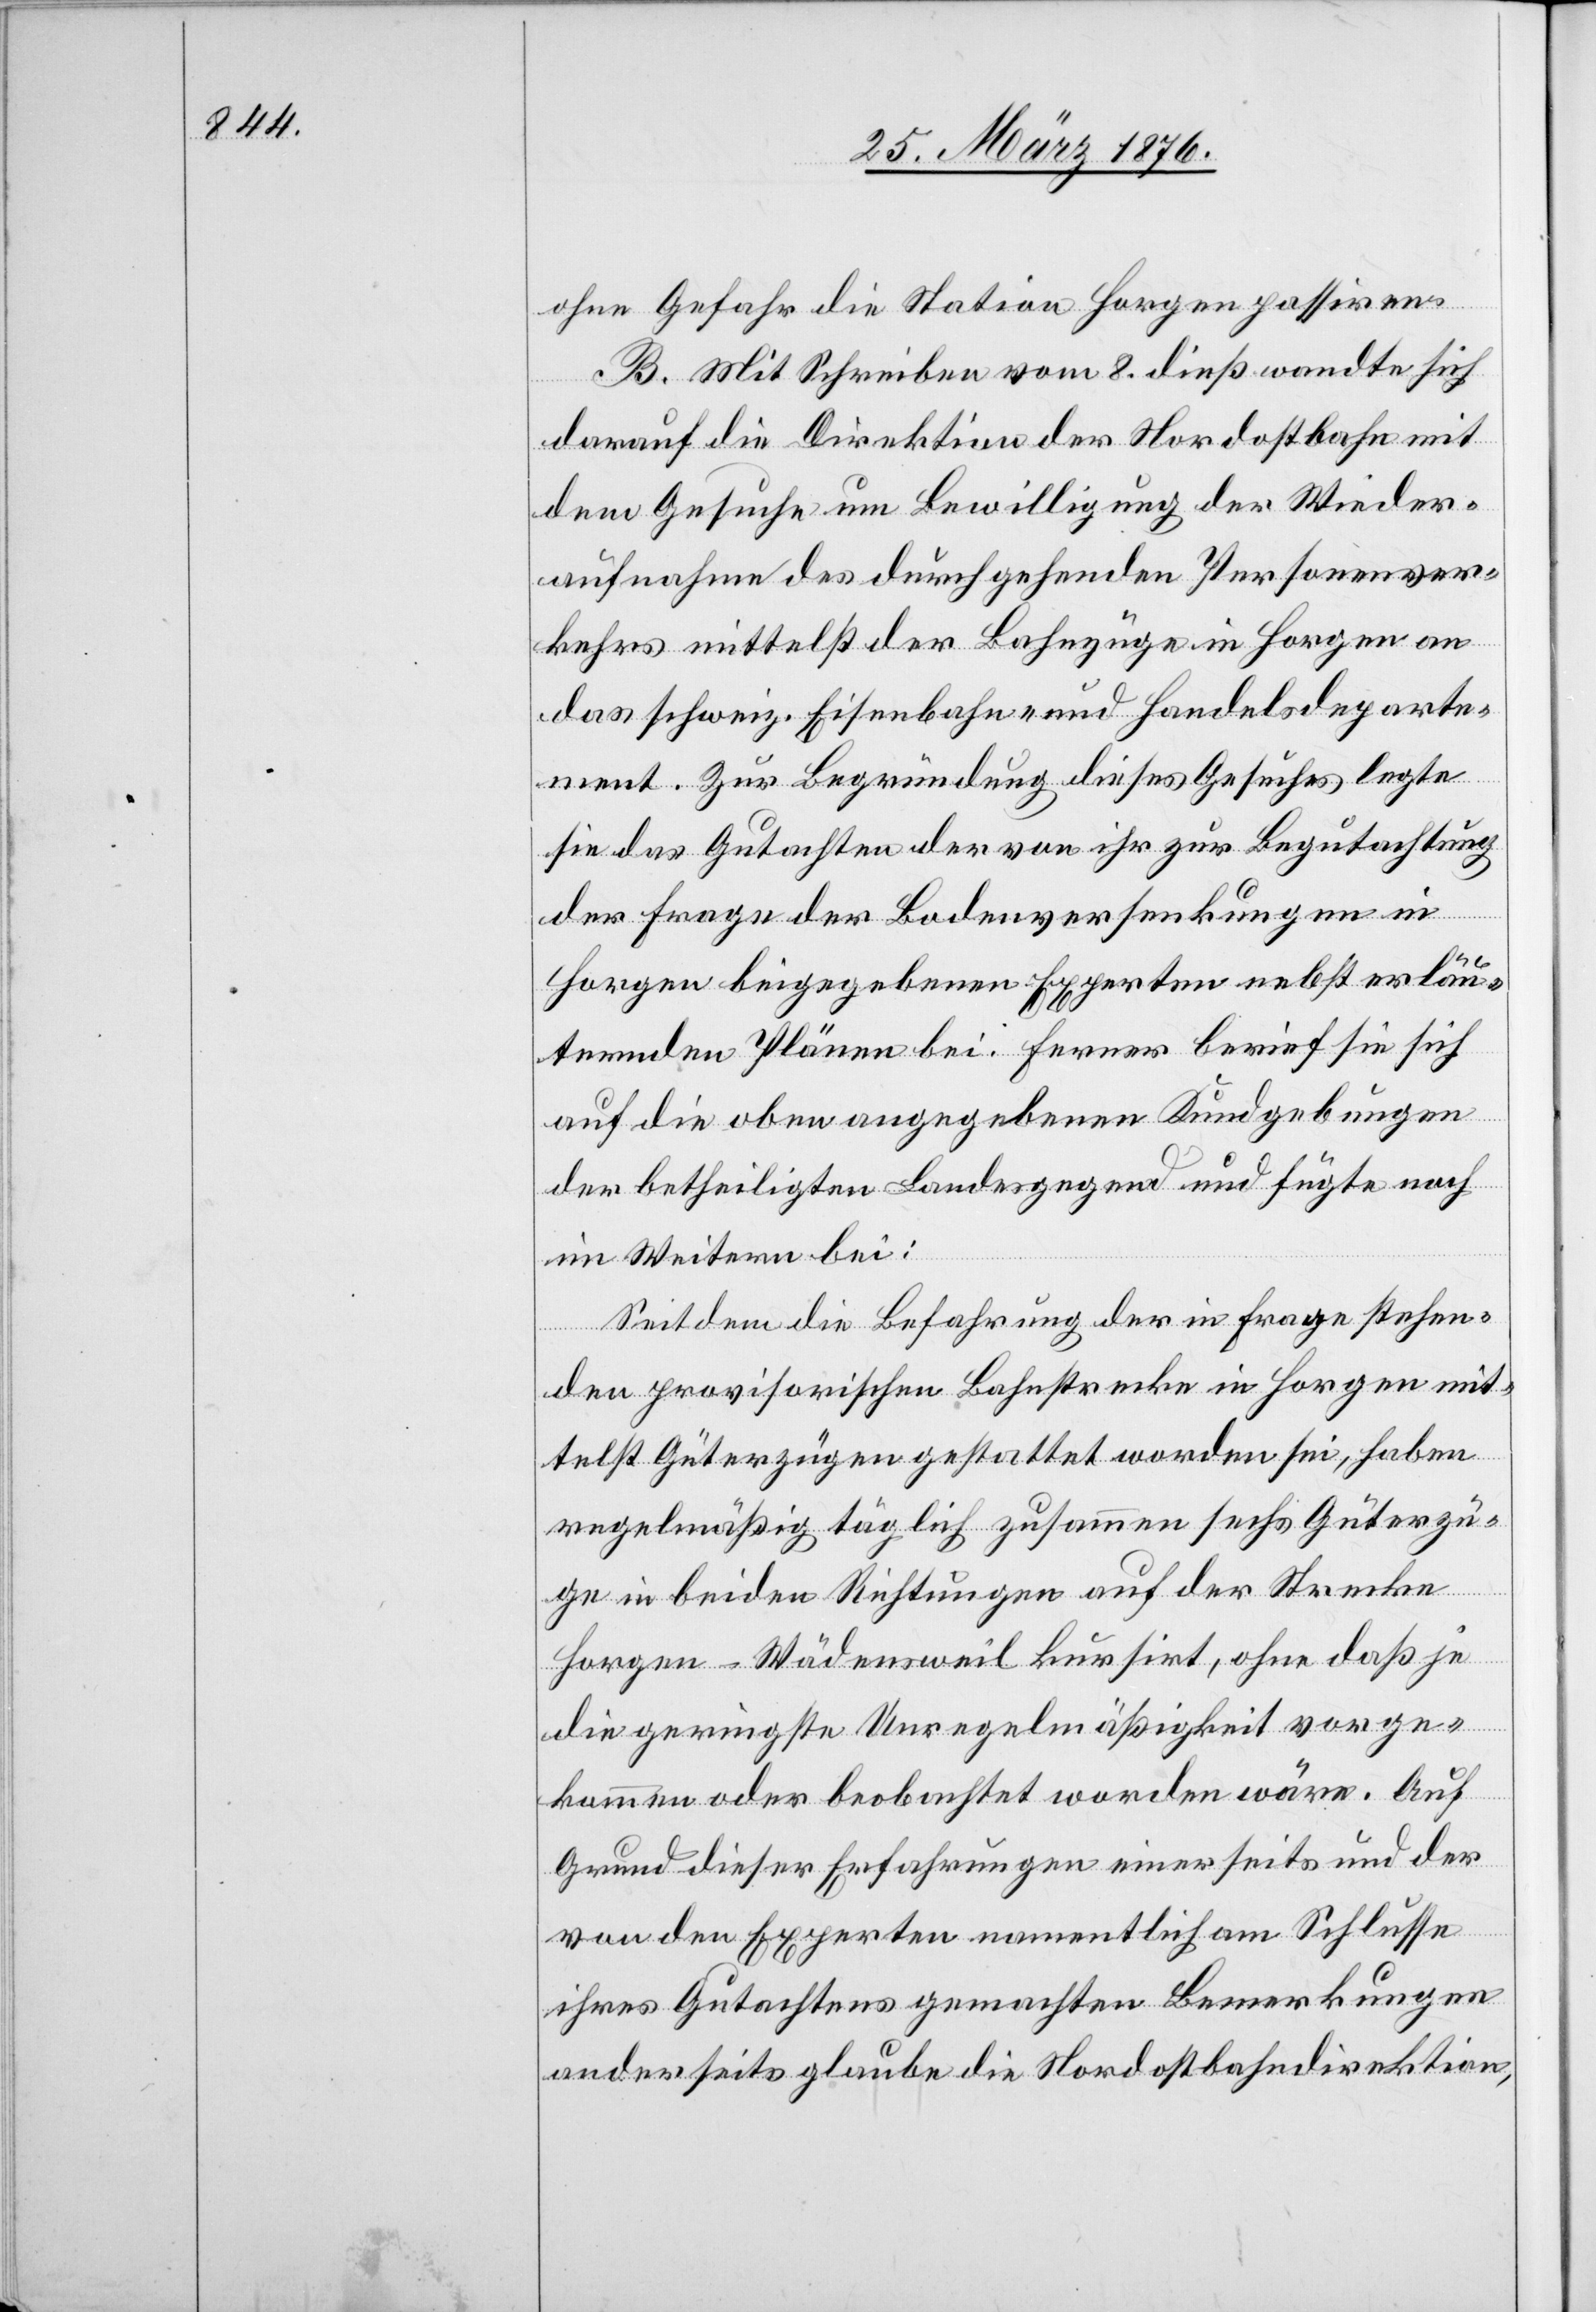
ohne Gefahr die Station Horgen passiren.
B. Mit Schreiben vom 8. dieß wandte sich
darauf die Direktion der Nordostbahn mit
dem Gesuche um Bewilligung der Wieder¬
aufnahme des durchgehenden Personenver¬
kehrs mittelst der Bahnzüge in Horgen an
das schweiz. Eisenbahn- und Handelsdeparte¬
ment. Zur Begründung dieses Gesuches legte
sie das Gutachten der von ihr zur Begutachtung
der Frage der Bodenversenkungen in
Horgen beigegebenen Experten nebst erläu¬
ternden Plänen bei. Ferner berief sie sich
auf die oben angegebenen Kundgebungen
der betheiligten Landesgegend und fügte noch
im Weitern bei:
Seit dem die Befahrung der in Frage stehen¬
den provisorischen Bahnstrecke in Horgen mit¬
telst Güterzügen gestattet worden sei, haben
regelmäßig täglich zusammen sechs Güterzü¬
ge in beiden Richtungen auf der Strecke
Horgen–Wädensweil kursirt, ohne daß je
die geringste Unregelmäßigkeit vorge¬
kommen oder beobachtet worden wäre. Auf
Grund dieser Erfahrungen einerseits und der
von den Experten namentlich am Schlusse
ihres Gutachtens gemachten Bemerkungen
anderseits glaube die Nordostbahndirektion,